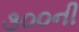
૩૦૦ની